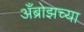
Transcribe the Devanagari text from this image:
अँब्रोझच्या